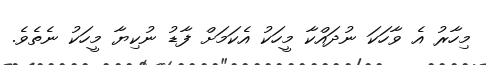
މިހާރު އެ ވާހަކަ ނުދައްކާ މީހަކު އެކަމަށް ފާޑު ނުކިޔާ މީހަކު ނެތެވެ.